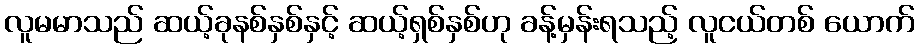
လူမမာသည် ဆယ့်ခုနစ်နှစ်နှင့် ဆယ့်ရှစ်နှစ်ဟု ခန့်မှန်းရသည့် လူငယ်တစ် ယောက်